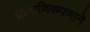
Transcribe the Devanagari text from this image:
प्रामाणिकपणाने